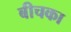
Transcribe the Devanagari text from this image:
बीचका